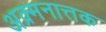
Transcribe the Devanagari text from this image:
अक्र्मनात्तक